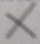
x